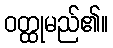
ဝတ္ထုမည်၏။